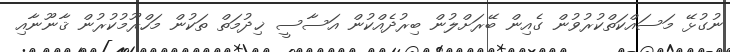
ނުގުޅޭ މަސައްކަތްކުރުވުން ގެއިން ބޭރަށްލުން ބިރުދެއްކުން އަސާސީ ޚިދުމަތް ތަކުން މަހްރޫމުކުރުން ޤާނޫނާއި